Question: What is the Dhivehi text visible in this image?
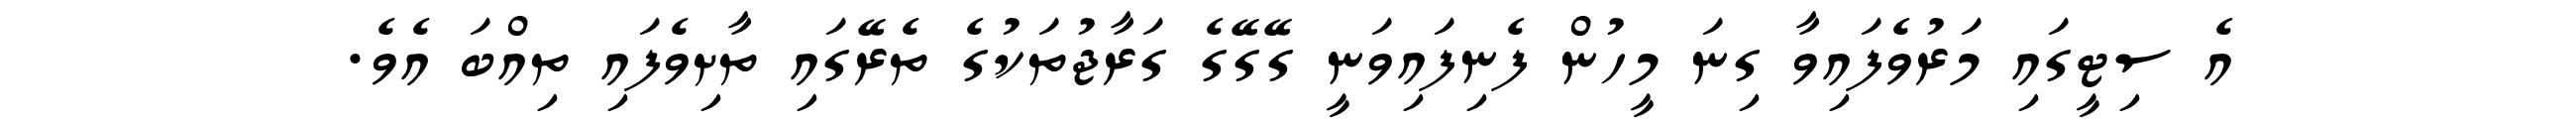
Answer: އެ ސިޓީގައި މަރުވެފައިވާ ގިނަ މީހުން ފެނިފައިވަނީ ގޭގޭގެ ގަރާޖުތަކުގެ ތެރޭގައި ތާށިވެފައި ތިއްބަ އެވެ.